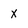
Character: x